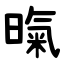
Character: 暣